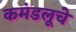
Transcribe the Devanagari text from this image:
कमंडलूचे